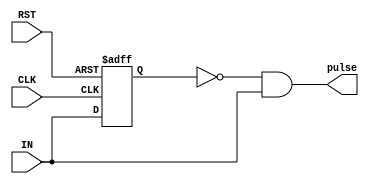

/////////////////////////////////////////////////////////////
///////////////////// pulse_gen ///////////////////////
/////////////////////////////////////////////////////////////

module pulse_gen (IN, pulse, CLK, RST);
input IN;
input CLK;
input RST;
output wire pulse;
reg IN_ff;


wire IN_and_0;
wire IN_and_1;
assign IN_and_0 = ~ (IN_ff);
assign IN_and_1 = IN;
assign pulse = IN_and_0 & IN_and_1;


always @ (posedge CLK or negedge RST)
begin
    if(!RST)
    begin
        IN_ff <= 0;
    end
    else
    begin
        IN_ff <= IN;
    end
end

endmodule